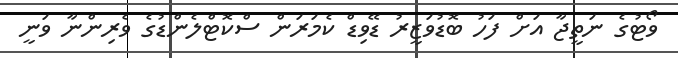
ވޯޓުގެ ނަތީޖާ އަށް ފަހު ބޮޑުވަޒީރު ޑޭވިޑް ކެމަރަން ސްކޮޓްލެންޑުގެ ވެރިންނާ ވަނީ